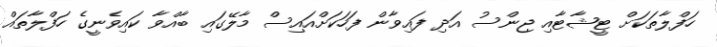
ހަފްލާތަކަށް ޓީޝާޓާއި ޖިންސު އަދި ފައިވާން ފަހަކަށްއައިސް މާލޭގައި ބާއްވާ ކައިވެނީގެ ހަފްލާތައް